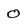
Character: 0